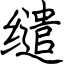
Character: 缱